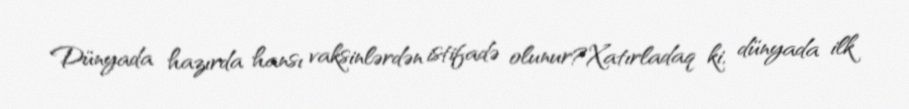
Dünyada hazırda hansı vaksinlərdən istifadə olunur?Xatırladaq ki, dünyada ilk